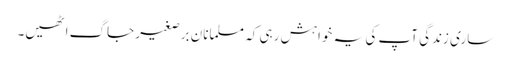
ساری زندگی آپ کی یہ خواہش رہی کہ مسلمانانِ برصغیر جاگ اٹھیں۔